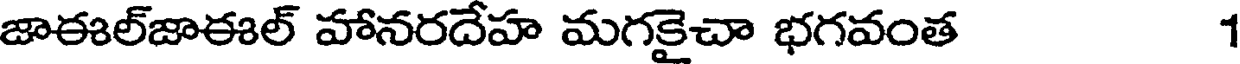
జాఈల్జాఈల్ హానరదేహ మగకైచా భగవంత 1